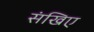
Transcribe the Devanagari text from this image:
संखिए